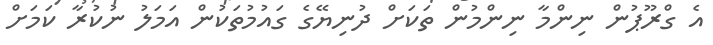
އެ ގްރޫޕުން ނިންމާ ނިންމުން ތަކަށް ދުނިޔޭގެ ގައުމުތަކުން އަމަލު ނުކުރާ ކަމަށް